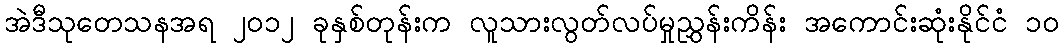
အဲဒီသုတေသနအရ ၂၀၁၂ ခုနှစ်တုန်းက လူသားလွတ်လပ်မှုညွှန်းကိန်း အကောင်းဆုံးနိုင်ငံ ၁၀